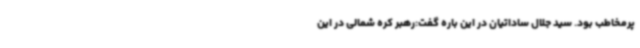
پرمخاطب بود. سید جلال ساداتیان در این باره گفت:رهبر کره شمالی در این